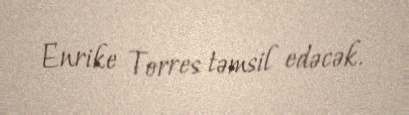
Enrike Torres təmsil edəcək.